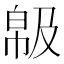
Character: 𢃺